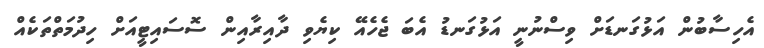
އެހިސާބުން އަޅުގަނޑަށް ވިސްނުނީ އަޅުގަނޑު އެބަ ޖެހެއޭ ކިޔެވި ދާއިރާއިން ސޮސައިޓީއަށް ހިދުމަތްތަކެއް